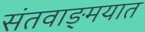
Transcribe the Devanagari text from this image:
संतवाङ्मयात